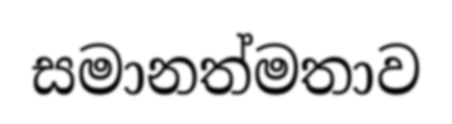
සමානත්මතාව